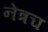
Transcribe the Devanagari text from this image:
नेत्रच